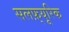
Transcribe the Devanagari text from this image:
सलफ़्यूरिक